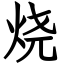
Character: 烧